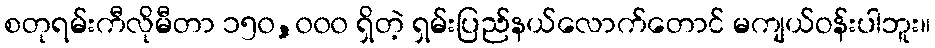
စတုရမ်းကီလိုမီတာ ၁၅၀,၀၀၀ ရှိတဲ့ ရှမ်းပြည်နယ်လောက်တောင် မကျယ်ဝန်းပါဘူး။